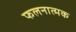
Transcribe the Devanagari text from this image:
फलनात्मक